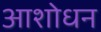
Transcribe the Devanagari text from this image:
आशोधन